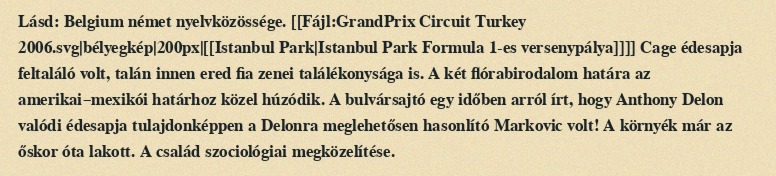
Lásd: Belgium német nyelvközössége. [[Fájl:GrandPrix Circuit Turkey 2006.svg|bélyegkép|200px|[[Istanbul Park|Istanbul Park Formula 1-es versenypálya]]]] Cage édesapja feltaláló volt, talán innen ered fia zenei találékonysága is. A két flórabirodalom határa az amerikai–mexikói határhoz közel húzódik. A bulvársajtó egy időben arról írt, hogy Anthony Delon valódi édesapja tulajdonképpen a Delonra meglehetősen hasonlító Markovic volt! A környék már az őskor óta lakott. A család szociológiai megközelítése.